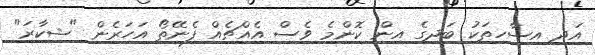
އަދި އިސާހިތަކު ބަދިގެ އިން ކޮންމެ ވެސް އެއްޗެއް ފެނޭތޯ އަހަރެން "ޝިކާރަ"